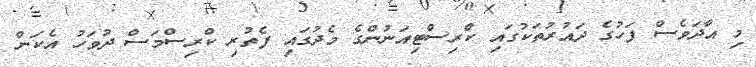
މި އާދަވެސް ފަހުގެ ދައުރުތަކުގައި ކްރިސްޓިއަނުންގެ މެދުގައި ފެތުރި ކްރިސްމަސް ދުވަހު އެކަން